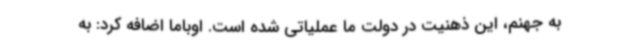
به جهنم، این ذهنیت در دولت ما عملیاتی شده است. اوباما اضافه کرد: به